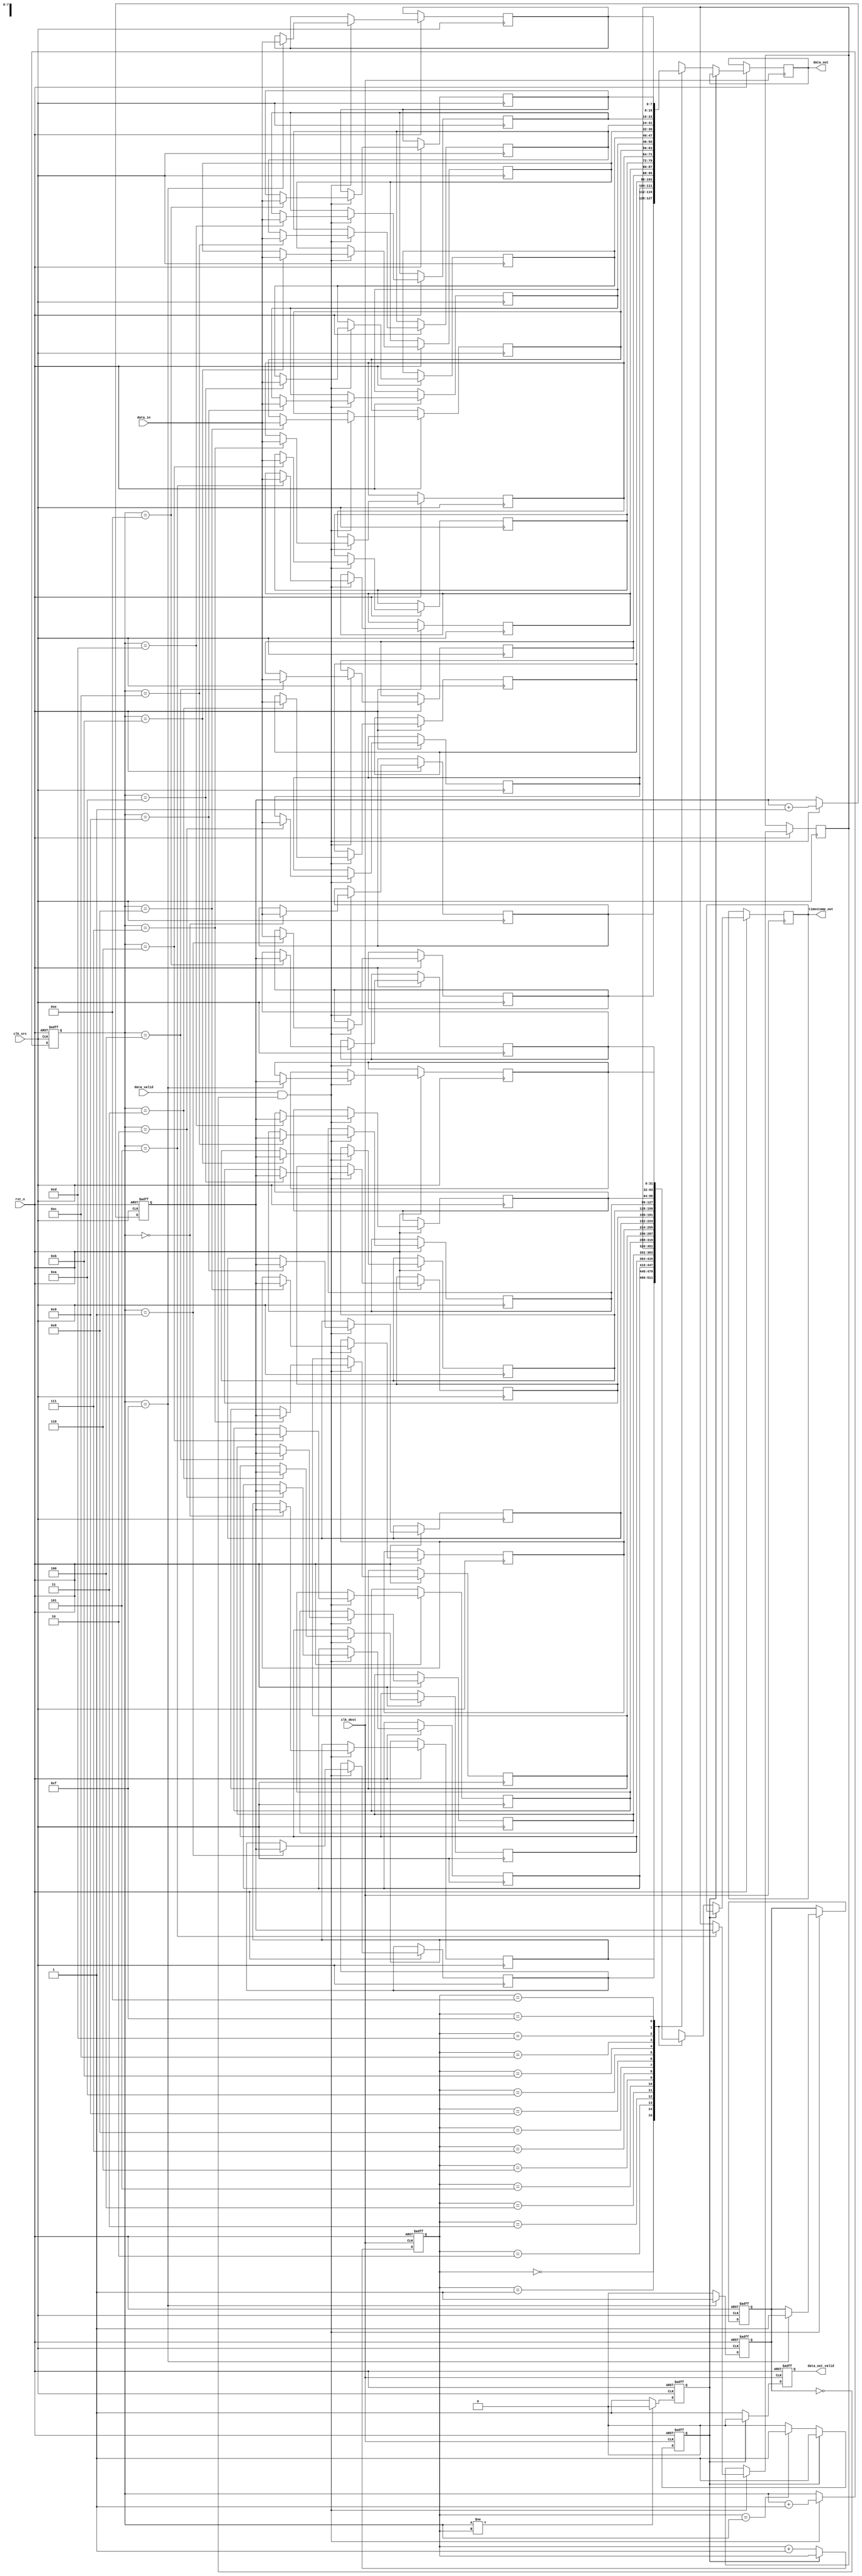
module TimeStampedSynchronizer #(
    parameter DATA_WIDTH = 8,
    parameter FIFO_DEPTH = 16
)(
    input wire clk_src,                // Source clock
    input wire clk_dest,               // Destination clock
    input wire rst_n,                  // Active low reset
    input wire [DATA_WIDTH-1:0] data_in, // Data input from source memory block
    input wire data_valid,             // Data valid signal
    output reg [DATA_WIDTH-1:0] data_out, // Data output to destination memory block
    output reg [31:0] timestamp_out,   // Timestamp output
    output reg data_out_valid          // Data output valid signal
);

    // FIFO buffer
    reg [DATA_WIDTH-1:0] fifo_data[FIFO_DEPTH-1:0];
    reg [31:0] fifo_timestamp[FIFO_DEPTH-1:0];
    reg [3:0] write_ptr, read_ptr;
    reg fifo_full, fifo_empty;

    // Timestamp generator
    reg [31:0] timestamp_counter;

    // Write logic (clk_src domain)
    always @(posedge clk_src or negedge rst_n) begin
        if (!rst_n) begin
            write_ptr <= 0;
            fifo_full <= 0;
            timestamp_counter <= 0;
        end else if (data_valid && !fifo_full) begin
            fifo_data[write_ptr] <= data_in;
            fifo_timestamp[write_ptr] <= timestamp_counter;
            write_ptr <= write_ptr + 1;
            timestamp_counter <= timestamp_counter + 1;
            if (write_ptr == FIFO_DEPTH - 1) begin
                fifo_full <= 1;
            end
        end
    end

    // Read logic (clk_dest domain)
    always @(posedge clk_dest or negedge rst_n) begin
        if (!rst_n) begin
            read_ptr <= 0;
            fifo_empty <= 1;
            data_out_valid <= 0;
        end else if (!fifo_empty) begin
            data_out <= fifo_data[read_ptr];
            timestamp_out <= fifo_timestamp[read_ptr];
            data_out_valid <= 1;
            read_ptr <= read_ptr + 1;
            if (read_ptr == write_ptr) begin
                fifo_empty <= 1;
            end
        end else begin
            data_out_valid <= 0;
        end
    end

    // FIFO empty/full management
    always @(posedge clk_src or negedge rst_n) begin
        if (!rst_n) begin
            fifo_empty <= 1;
        end else begin
            if (write_ptr != read_ptr) begin
                fifo_empty <= 0;
            end else begin
                fifo_empty <= 1;
            end
        end
    end

    always @(posedge clk_src or negedge rst_n) begin
        if (!rst_n) begin
            fifo_full <= 0;
        end else begin
            if (write_ptr == FIFO_DEPTH - 1) begin
                fifo_full <= 1;
            end else begin
                fifo_full <= 0;
            end
        end
    end

endmodule